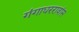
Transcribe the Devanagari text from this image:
गंगाधररावांस